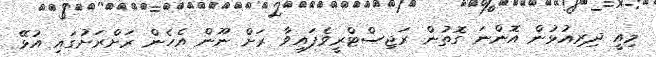
މިއީ ދިރިއުޅުން އޮންނަ ގޮތުން ރަޖިސްޓްރީވެފައިވާ ރަށް ނޫން އެހެން ރަށްރަށުގައި އުޅޭ